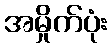
အမှိုက်ပုံး